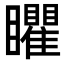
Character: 䂂